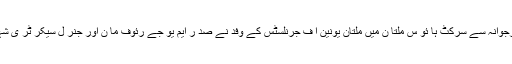
قبل ازیں گورنر پنجاب ملک محمد رفیق رجوانہ سے سرکٹ ہا ئو س ملتا ن میں ملتان یونین آ ف جرنلسٹس کے وفد نے صد ر ایم یو جے رئوف ما ن اور جنر ل سیکر ٹر ی شہاد ت حسین کی قیا د ت میں ملاقا ت کی ۔